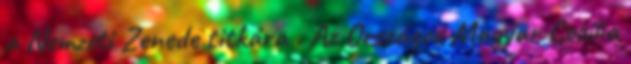
a Nemzeti Zenede titkára . Az Országos Magyar Cecília